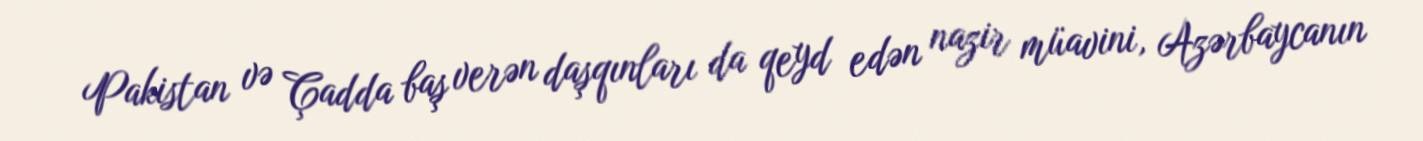
Pakistan və Çadda baş verən daşqınları da qeyd edən nazir müavini, Azərbaycanın